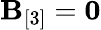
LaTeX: {\mathbf B}_{[3]}={\mathbf 0}